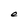
Character: e